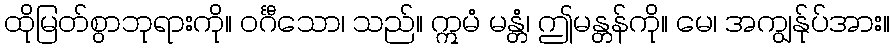
ထိုမြတ်စွာဘုရားကို။ ဝင်္ဂီသော၊ သည်။ ဣမံ မန္တံ၊ ဤမန္တန်ကို။ မေ၊ အကျွန်ုပ်အား။